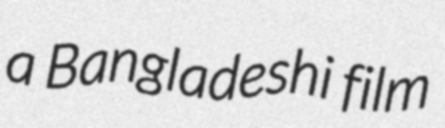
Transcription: a Bangladeshi film